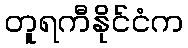
တူရကီနိုင်ငံက